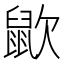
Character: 𪕆